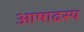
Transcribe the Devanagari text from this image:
आषाढस्य